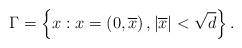
\begin{align*}\Gamma =\left\{ x:x=\left( 0,\overline{x}\right) ,\left\vert \overline{x}\right\vert <\sqrt{d}\right\} . \end{align*}